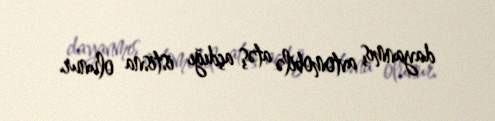
dayanmış avtomobilə atəş açdığı istisna olunur.